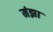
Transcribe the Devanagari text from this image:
मंझा